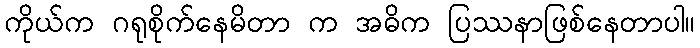
ကိုယ်က ဂရုစိုက်နေမိတာ က အဓိက ပြဿနာဖြစ်နေတာပါ။